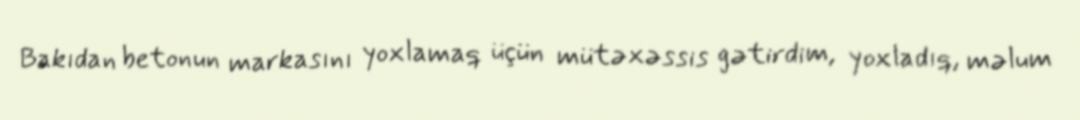
Bakıdan betonun markasını yoxlamaq üçün mütəxəssis gətirdim, yoxladıq, məlum